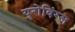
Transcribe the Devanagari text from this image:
युरोविंग्ज